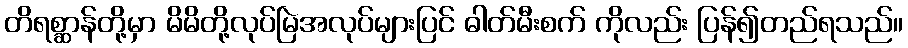
တိရစ္ဆာန်တို့မှာ မိမိတို့လုပ်မြဲအလုပ်များပြင် ဓါတ်မီးစက် ကိုလည်း ပြန်၍တည်ရသည်။